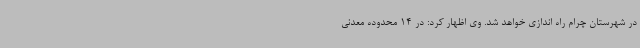
در شهرستان چرام راه اندازی خواهد شد. وی اظهار کرد: در 14 محدوده معدنی